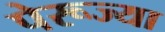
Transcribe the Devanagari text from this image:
पेरूज्या